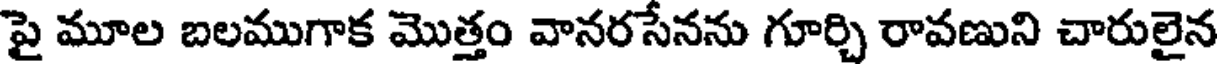
పై మూల బలముగాక మొత్తం వానరసేనను గూర్చి రావణుని చారులైన